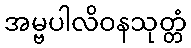
အမ္ဗပါလိဝနသုတ္တံ